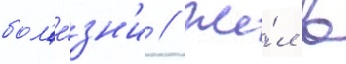
бол'е́зн'и // Жи́л в